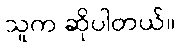
သူက ဆိုပါတယ်။